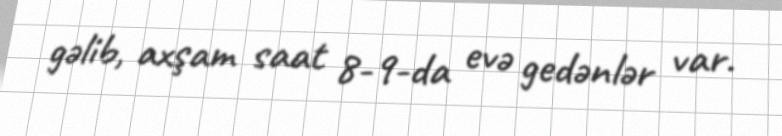
gəlib, axşam saat 8-9-da evə gedənlər var.